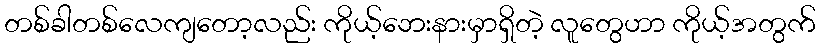
တစ်ခါတစ်လေကျတော့လည်း ကိုယ့်ဘေးနားမှာရှိတဲ့ လူတွေဟာ ကိုယ့်အတွက်